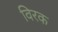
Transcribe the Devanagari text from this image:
विरक